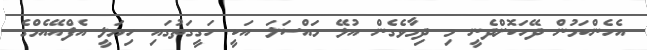
އެހެންކަމުން ދޭހަކޮށްދެނީ މި ދިމާވެގެން އުޅޭ މައްސަލަ އަކީ ހަގީގަތުގައި ހިޔަލީ އެފްއޭއެމްގެ